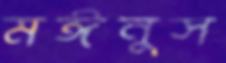
মঈনুস